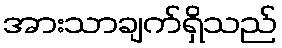
အားသာချက်ရှိသည်